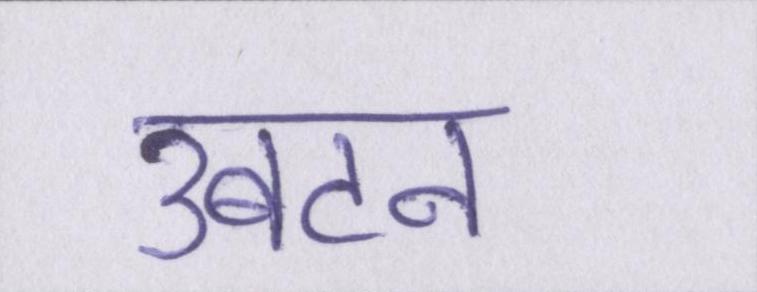
उबटन